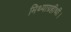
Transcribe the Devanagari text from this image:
मिथ्याग्रहीथी।